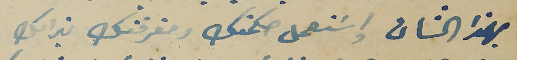
بهذا الشان واسَتعمل حكمتك ومَعرفتك بذالك